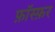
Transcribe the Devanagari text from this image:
फ़ॉस्फ़र